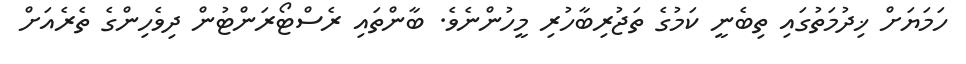
ހަމަޔަށް ޚިދުމަތުގައި ތިބެނީ ކަމުގެ ތަޖުރިބާހުރި މީހުންނެވެ. ބާންތައި ރެސްޓޯރަންޓުން ދިވެހިންގެ ތެރެއަށް